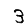
Digit: 3